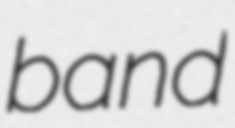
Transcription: band